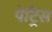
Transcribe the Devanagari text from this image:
पेट्रिस